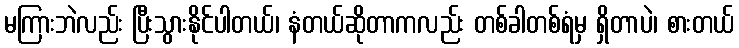
မကြားဘဲလည်း ပြီးသွားနိုင်ပါတယ်၊ နံတယ်ဆိုတာကလည်း တစ်ခါတစ်ရံမှ ရှိတာပဲ၊ စားတယ်